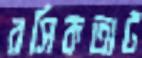
রসিকতাট